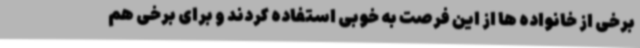
برخی از خانواده ها از این فرصت به خوبی استفاده کردند و برای برخی هم